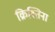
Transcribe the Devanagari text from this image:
क्रिश्तिना